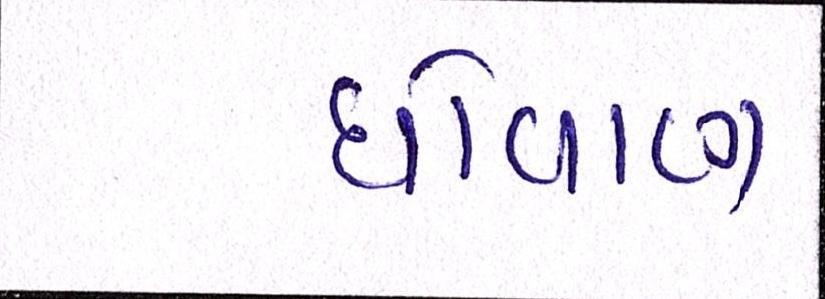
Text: ધોવાણ